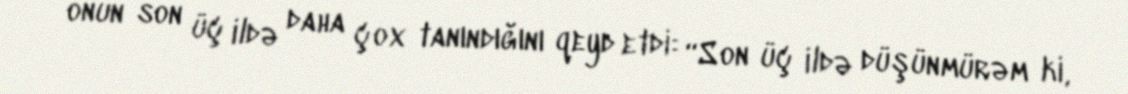
onun son üç ildə daha çox tanındığını qeyd etdi: “Son üç ildə düşünmürəm ki,